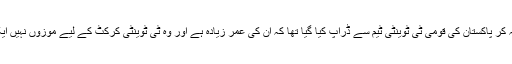
مصباح الحق جنھیں یہ کہہ کر پاکستان کی قومی ٹی ٹوینٹی ٹیم سے ڈراپ کیا گیا تھا کہ ان کی عمر زیادہ ہے اور وہ ٹی ٹوینٹی کرکٹ کے لیے موزوں نہیں ایک بار پھر سرخرو ہوئے۔